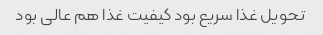
تحویل غذا سریع بود کیفیت غذا هم عالی بود